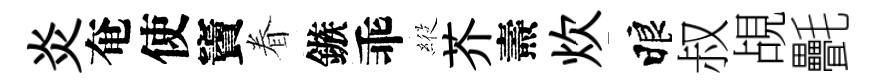
炎奄使竇眷鏃乖𦂵芥燾炊睱叔覘㲲